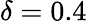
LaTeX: \delta=0.4